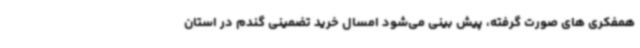
همفکری های صورت گرفته، پیش بینی می‌شود امسال خرید تضمینی گندم در استان